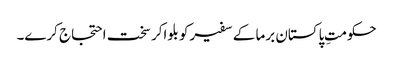
حکومتِ پاکستان برما کے سفیرکو بلواکر سخت احتجاج کرے۔